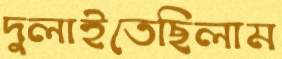
দুলাইতেছিলাম